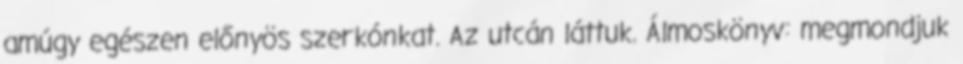
amúgy egészen előnyös szerkónkat. Az utcán láttuk. Álmoskönyv: megmondjuk